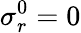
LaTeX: \sigma_{r}^{0}=0